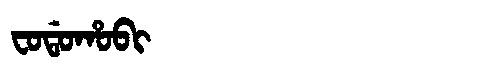
Manchu: ᠸᠣᡩᠣᡥᠣᠪᡳ
Romanization: FODOHOBI